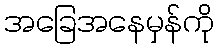
အခြေအနေမှန်ကို